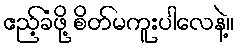
ဧည့်ခံဖို့ စိတ်မကူးပါလေနဲ့။